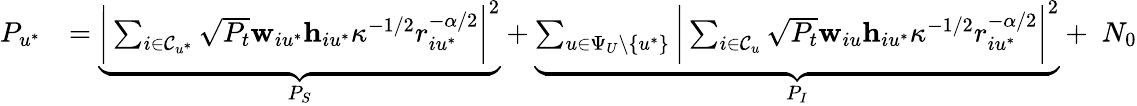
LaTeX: \begin{array}{rl}{P_{u^{*}}}&{=\underbrace{\bigg|\sum_{i\in\mathcal{C}_{u^{*}}}\sqrt{P_{t}}\mathbf{w}_{iu^{*}}\mathbf{h}_{iu^{*}}\kappa^{-1/2}r_{iu^{*}}^{-\alpha/2}\bigg|^{2}}_{P_{S}}+\underbrace{\sum_{u\in\Psi_{U}\backslash\{ u^{*}\} }\bigg|\sum_{i\in\mathcal{C}_{u}}\sqrt{P_{t}}\mathbf{w}_{iu}\mathbf{h}_{iu^{*}}\kappa^{-1/2}r_{iu^{*}}^{-\alpha/2}\bigg|^{2}}_{P_{I}}+\; N_{0}}\end{array}